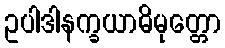
ဥပါဒါနက္ခယာဓိမုတ္တော